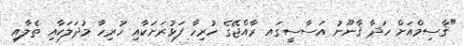
"ޤާސިމްއަށް ހަދާ ޤާނޫނު އަސާސީގައ ރާއްޖޭގެ ހުރިހާ ފަޅުރަށަކާއި ހުރިހާ މުދަލަކާއި ތެލާއި